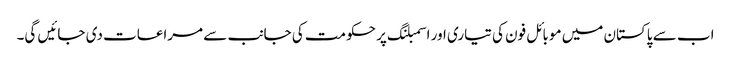
اب سے پاکستان میں موبائل فون کی تیاری اور اسمبلنگ پر حکومت کی جانب سے مراعات دی جائیں گی۔